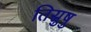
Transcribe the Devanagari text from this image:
तिस्रुषु